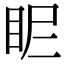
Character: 𥄿